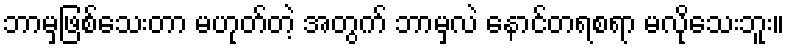
ဘာမှဖြစ်သေးတာ မဟုတ်တဲ့ အတွက် ဘာမှလဲ နောင်တရစရာ မလိုသေးဘူး။